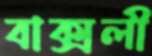
বাক্সলী